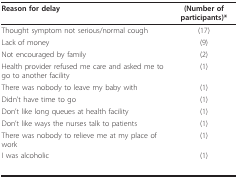
<table><thead><tr><td><b>Reason for delay</b></td><td><b>(Number of participants)*</b></td></tr></thead><tbody><tr><td>Thought symptom not serious/normal cough</td><td>(17)</td></tr><tr><td>Lack of money</td><td>(9)</td></tr><tr><td>Not encouraged by family</td><td>(2)</td></tr><tr><td>Health provider refused me care and asked me to go to another facility</td><td>(1)</td></tr><tr><td>There was nobody to leave my baby with</td><td>(1)</td></tr><tr><td>Didn&#x27;t have time to go</td><td>(1)</td></tr><tr><td>Don&#x27;t like long queues at health facility</td><td>(1)</td></tr><tr><td>Don&#x27;t like ways the nurses talk to patients</td><td>(1)</td></tr><tr><td>There was nobody to relieve me at my place of work</td><td>(1)</td></tr><tr><td>I was alcoholic</td><td>(1)</td></tr></tbody></table>